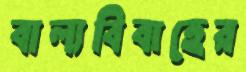
বাল্যবিবাহের